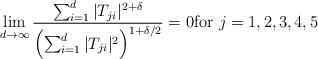
\begin{align*}\lim_{d \rightarrow \infty} \frac{\sum_{i=1}^d |T_{ji}|^{2+\delta}}{ \left( \sum_{i=1}^d |T_{ji}|^2 \right)^{1+\delta/2}} = 0 \mbox{for $j=1,2,3,4,5$}\end{align*}